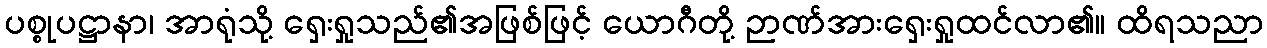
ပစ္စုပဋ္ဌာနာ၊ အာရုံသို့ ရှေးရှုသည်၏အဖြစ်ဖြင့် ယောဂီတို့ ဉာဏ်အားရှေးရှုထင်လာ၏။ ထိရသညာ